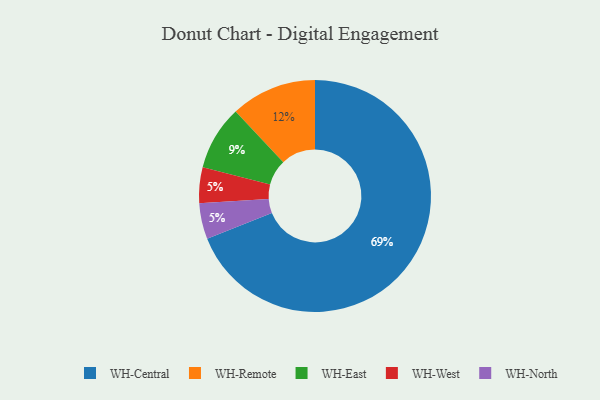
{"axis": {"x": "Category", "y": "Percentage"}, "legend": ["WH-Central", "WH-East", "WH-North", "WH-Remote", "WH-West"], "data": [{"x": "WH-Remote", "y": 12, "type": "WH-Remote"}, {"x": "WH-Central", "y": 69, "type": "WH-Central"}, {"x": "WH-West", "y": 5, "type": "WH-West"}, {"x": "WH-North", "y": 5, "type": "WH-North"}, {"x": "WH-East", "y": 9, "type": "WH-East"}]}